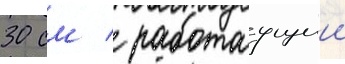
30 см / работаущии